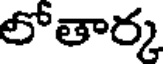
లోతార్క